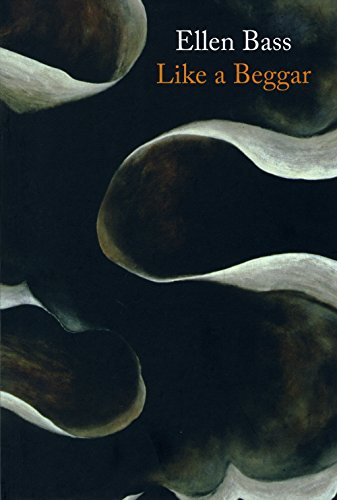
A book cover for Like a Beggar; Ellen Bass; Literature & Fiction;